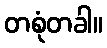
တစုံတခါ။